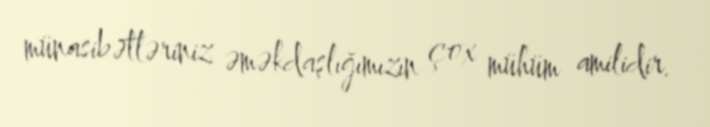
münasibətləriniz əməkdaşlığımızın çox mühüm amilidir.